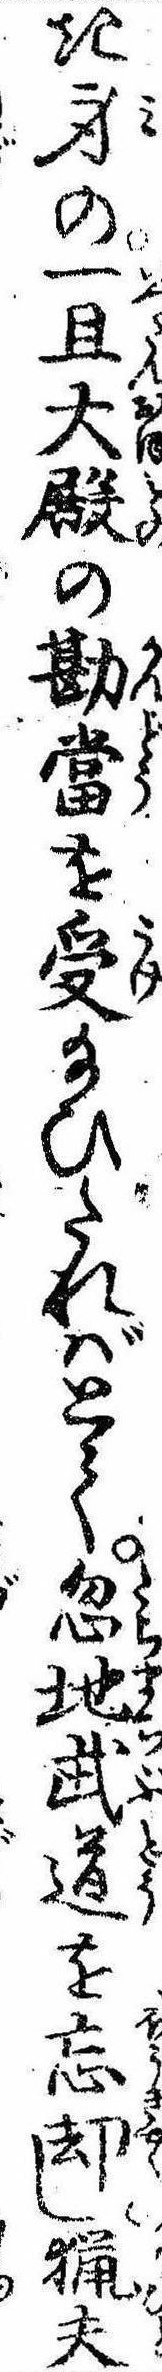
き身の一且大殿の勘当を受給ひたればとて忽地武道を忘却し猟夫